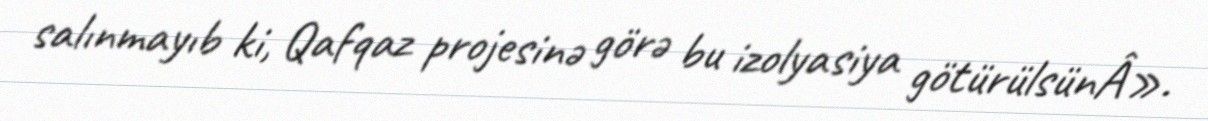
salınmayıb ki, Qafqaz projesinə görə bu izolyasiya götürülsünÂ».